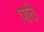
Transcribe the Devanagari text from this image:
पाते